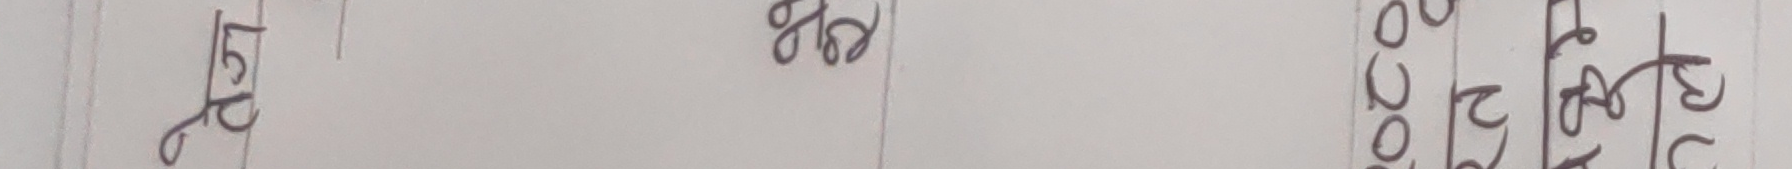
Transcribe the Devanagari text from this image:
छिप